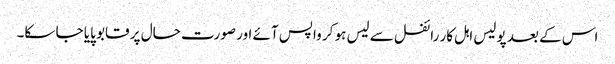
اس کے بعد پولیس اہل کار رائفل سے لیس ہو کر واپس آئے اور صورت حال پر قابو پایا جا سکا۔